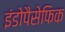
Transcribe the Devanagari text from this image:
इंडोपैसेफिक